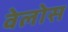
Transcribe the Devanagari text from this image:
वेलोस